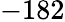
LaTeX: -182